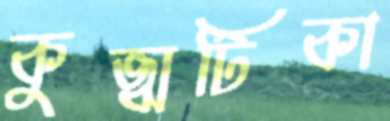
কুজ্ঝটিকা